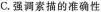
C.强调素描的准确性